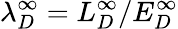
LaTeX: \lambda_{D}^{\infty}=L_{D}^{\infty}/E_{D}^{\infty}